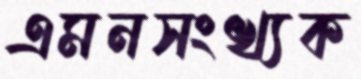
এমনসংখ্যক